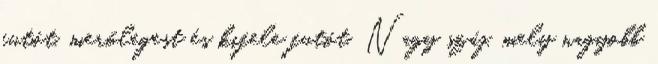
futót, merőlegest és kifele futót. Nagy száj, mely nagyobb